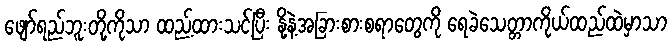
ဖျော်ရည်ဘူးတို့ကိုသာ ထည့်ထားသင့်ပြီး နို့နဲ့အခြားစားစရာတွေကို ရေခဲသေတ္တာကိုယ်ထည်ထဲမှာသာ